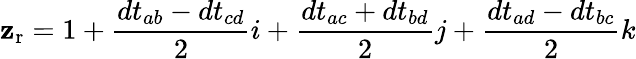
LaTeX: \mathbf{z}_{\mathrm{{r}}}=1+{\frac{dt_{ab}-dt_{cd}}{2}}i+{\frac{dt_{ac}+dt_{bd}}{2}}j+{\frac{dt_{ad}-dt_{bc}}{2}}k